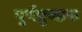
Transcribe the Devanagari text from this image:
पूर्णपुच्छक